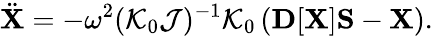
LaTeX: {\displaystyle{\ddot{\mathbf X}}=-\omega^{2}({\cal K}_{0}{\cal J})^{-1}{\cal K}_{0}\left({\mathbf D}[{\mathbf X}]{\mathbf S}-{\mathbf X}\right).}